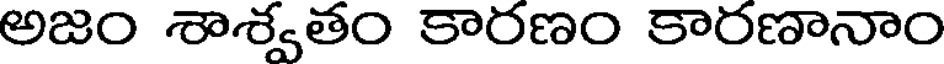
అజం శాశ్వతం కారణం కారణానాం